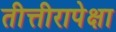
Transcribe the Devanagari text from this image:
तीत्तीरापेक्षा